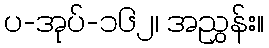
ပ-အုပ်-၁၆၂၊ အညွှန်း။